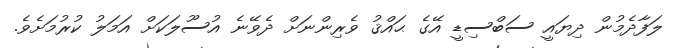
ލަފާދެމުން ދިޔައީ ސަބްސިޑީ އޭގެ ޙައްޤު ވެރިންނަށް ދެވޭނެ އުސޫލަކަށް އަމަލު ކުރުމަށެވެ.